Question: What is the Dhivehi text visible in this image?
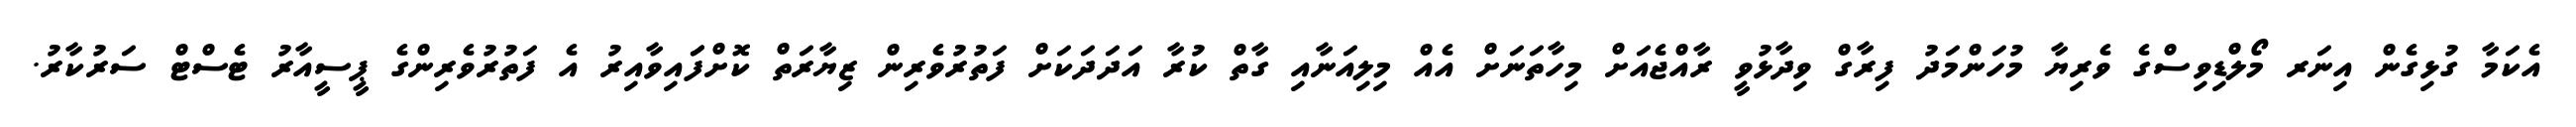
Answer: އެކަމާ ގުޅިގެން އިނަރ މޯލްޑިވިސްގެ ވެރިޔާ މުހަންމަދު ފިރާގް ވިދާޅުވީ ރާއްޖެއަށް މިހާތަނަށް އެއް މިލިއަނާއި ގާތް ކުރާ އަދަދަކަށް ފަތުރުވެރިން ޒިޔާރަތް ކޮށްފަައިވާއިރު އެ ފަތުރުވެރިންގެ ޕީސީއާރު ޓެސްޓް ސަރުކާރު.